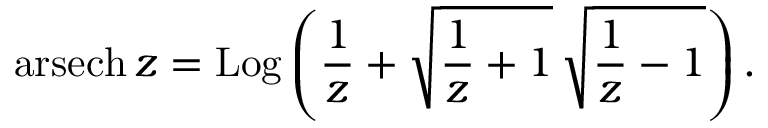
\operatorname { a r s e c h } z = \operatorname { L o g } \left( { \frac { 1 } { z } } + { \sqrt { { \frac { 1 } { z } } + 1 } } \, { \sqrt { { \frac { 1 } { z } } - 1 } } \right) .